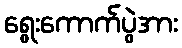
ရွေးကောက်ပွဲအား